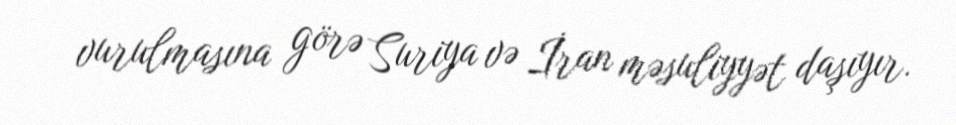
vurulmasına görə Suriya və İran məsuliyyət daşıyır.